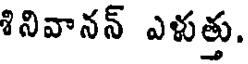
శినివానన్ ఎళుత్తు.